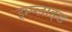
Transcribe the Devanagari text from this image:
इम्प्‍लाइड